Observations on rabies - Number 36
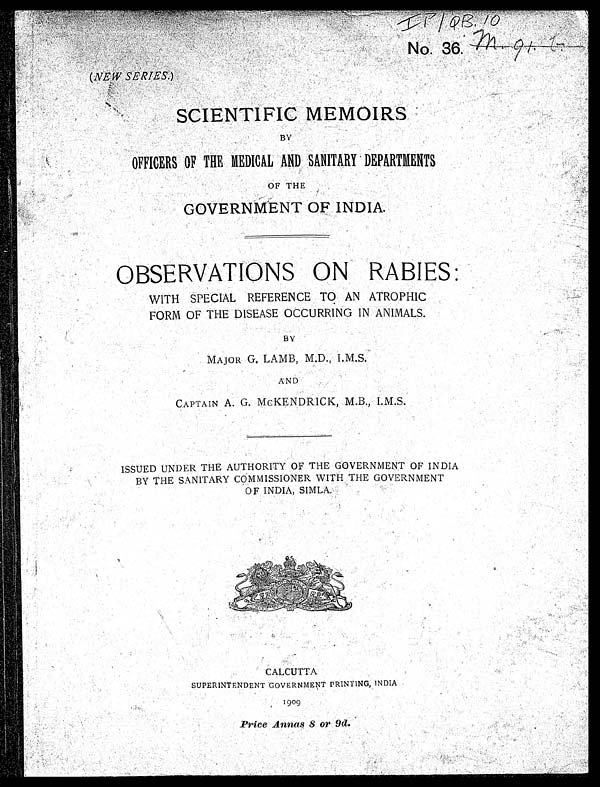
No. 36.
(NEw SERIES.)
SCIENTIFIC MEMOIRS
BY
OFFICERS OF THE MEDICAL AND SANITARY DEPARTMENTS
OF THE
GOVERNMENT OF INDIA.
OBSERVATIONS ON RABIES:
WITH SPECIAL REFERENCE TO AN ATROPHIC
FORM OF THE DISEASE OCCURRING IN ANIMALS.
BY
MAJOR G. LAMB, M.D., I.M.S.
AND
CAPTAIN A. G. MCKENDRICK, M.B., I. M.S.
ISSUED UNDER THE AUTHORITY OF THE GOVERNMENT OF INDIA
BY THE SANITARY COMMISSIONER WITH THE GOVERNMENT
OF INDIA, SIMLA.
.
CALCUTTA
SUPERINTENDENT GOVERNMENT PRINTING, INDIA
Price Annas 8 or 9d.